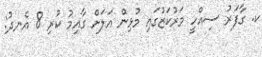
ކ. ގާފަރު ސިއްހީ މަރުކަޒުގައި މުޅިން އަލަށް ގާއިމު ކުރި 8 އެނދު: